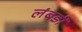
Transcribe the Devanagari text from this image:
लंबडी